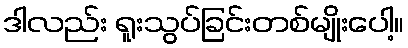
ဒါလည်း ရူးသွပ်ခြင်းတစ်မျိုးပေါ့။